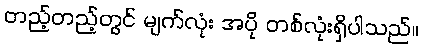
တည့်တည့်တွင် မျက်လုံး အပို တစ်လုံးရှိပါသည်။